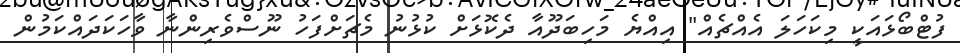
ފުޓްބޯޅައަކީ މިކަހަލަ އެއްޗެއް" އިއްޔެ މަހިބަދޫއާ ދެކޮޅަށް ކުޅުނު މެޗަށްފަހު ނޫސްވެރިންނާ ވާހަކަދައްކަމުން